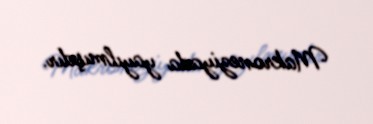
Makroneziyada yayılmışdır.